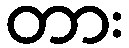
တား